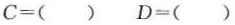
C=（） D=（）